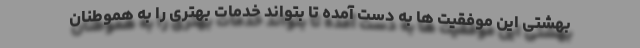
بهشتی این موفقیت ها به دست آمده تا بتواند خدمات بهتری را به هموطنان